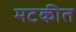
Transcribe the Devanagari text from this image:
मटकीत